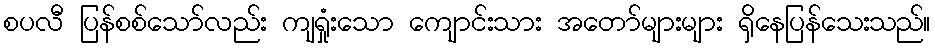
စပလီ ပြန်စစ်သော်လည်း ကျရှုံးသော ကျောင်းသား အတော်များများ ရှိနေပြန်သေးသည်။